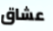
عشاق